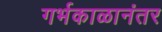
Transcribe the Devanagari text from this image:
गर्भकाळानंतर